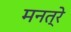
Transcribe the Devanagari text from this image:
मनत्रे